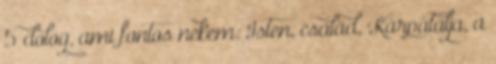
5 dolog, ami fontos nekem: Isten, család, Kárpátalja, a